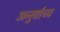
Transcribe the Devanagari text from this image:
अनुर्वाच्य